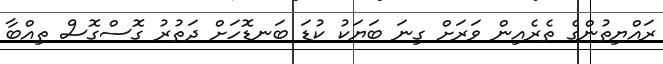
ރައްޔިތުންގެ ތެރެއިން ވަރަށް ގިނަ ބަޔަކު ކުޑަ ބަނޑޮހަށް ދަތުރު ގޮސްގޮސް ތިއްބާ